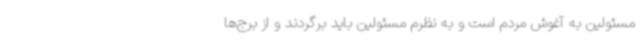
مسئولین به آغوش مردم است و به نظرم مسئولین باید برگردند و از برج‌ها